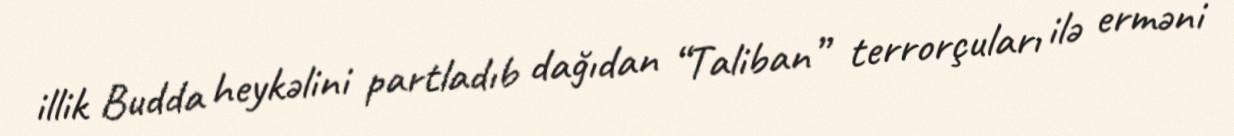
illik Budda heykəlini partladıb dağıdan “Taliban” terrorçuları ilə erməni